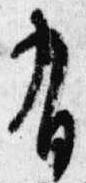
有